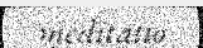
meditatio